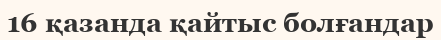
16 қазанда қайтыс болғандар